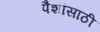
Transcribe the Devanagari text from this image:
पैशांसाठी